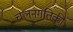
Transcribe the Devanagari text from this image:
चलनगतिकी